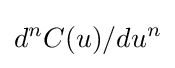
d^{n}C(u)/du^{n}